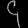
Digit: ၄